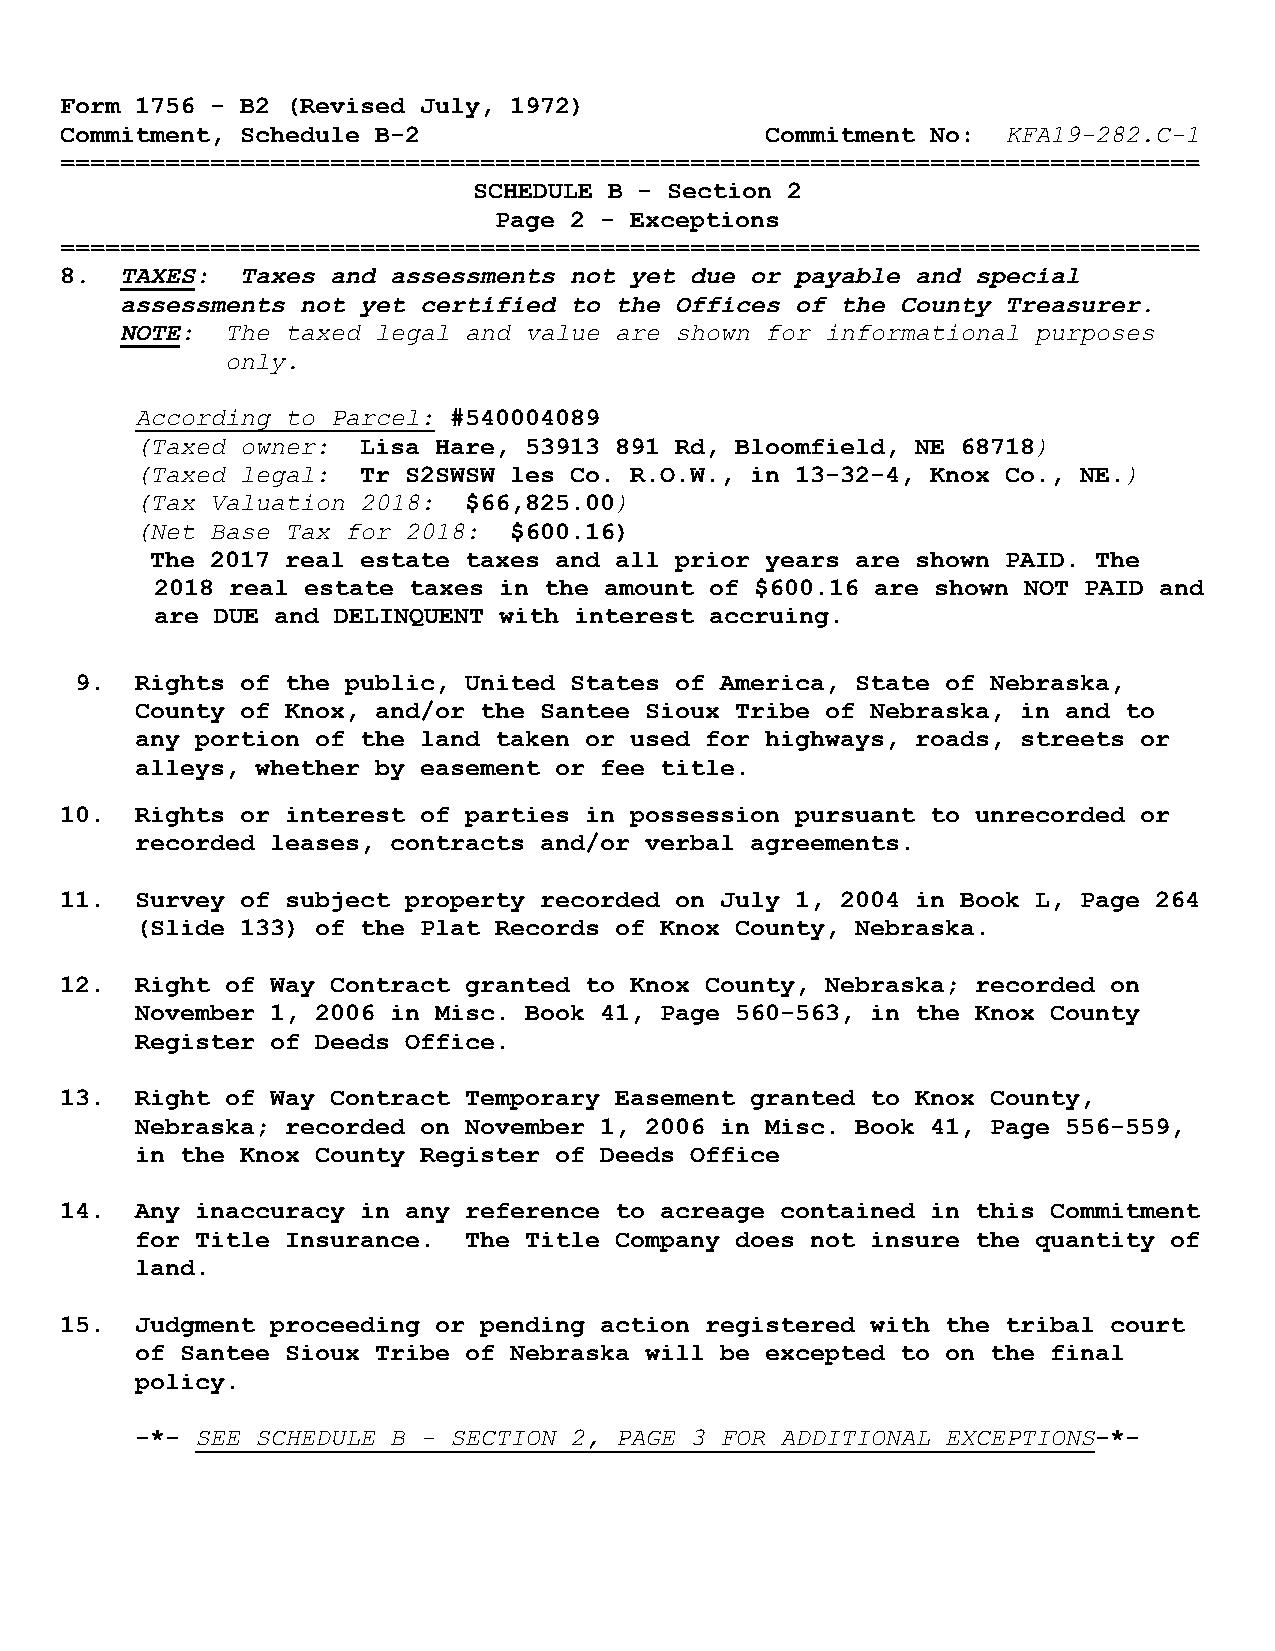
Form 1756 - B2 (Revised July, 1972)
 KFA19-282.C-1
 Commitment, Schedule B-2                       Commitment No:
 ============================================================================
 SCHEDULE B - Section 2
 Page 2 - Exceptions
 ============================================================================
 .  TAXES:  Taxes and assessments not yet due or payable and special
 8
 assessments not yet certified to the Offices of the County Treasurer.
 NOTE:  The taxed legal and value are shown for informational purposes
 only.
 According to Parcel:
 #540004089
 (Taxed owner:                                               )
 Lisa Hare, 53913 891 Rd, Bloomfield, NE 68718
 (Taxed legal:                                                    )
 Tr S2SWSW les Co. R.O.W., in 13-32-4, Knox Co., NE.
 (Tax Valuation 2018:            )
 $66,825.00
 (Net Base Tax for 2018:
 $600.16)
 The 2017 real estate taxes and all prior years are shown PAID. The
 2018 real estate taxes in the amount of $600.16 are shown NOT PAID and
 are DUE and DELINQUENT with interest accruing.
 9.  Rights of the public, United States of America, State of Nebraska,
 County of Knox, and/or the Santee Sioux Tribe of Nebraska, in and to
 any portion of the land taken or used for highways, roads, streets or
 alleys, whether by easement or fee title.
 10.  Rights or interest of parties in possession pursuant to unrecorded or
 recorded leases, contracts and/or verbal agreements.
 11.  Survey of subject property recorded on July 1, 2004 in Book L, Page 264
 (Slide 133) of the Plat Records of Knox County, Nebraska.
 12.  Right of Way Contract granted to Knox County, Nebraska; recorded on
 November 1, 2006 in Misc. Book 41, Page 560-563, in the Knox County
 Register of Deeds Office.
 13.  Right of Way Contract Temporary Easement granted to Knox County,
 Nebraska; recorded on November 1, 2006 in Misc. Book 41, Page 556-559,
 in the Knox County Register of Deeds Office
 14.  Any inaccuracy in any reference to acreage contained in this Commitment
 for Title Insurance.  The Title Company does not insure the quantity of
 land.
 15.  Judgment proceeding or pending action registered with the tribal court
 of Santee Sioux Tribe of Nebraska will be excepted to on the final
 policy.
 SEE SCHEDULE B - SECTION 2, PAGE 3 FOR ADDITIONAL EXCEPTIONS
 -*-                                                            -*-